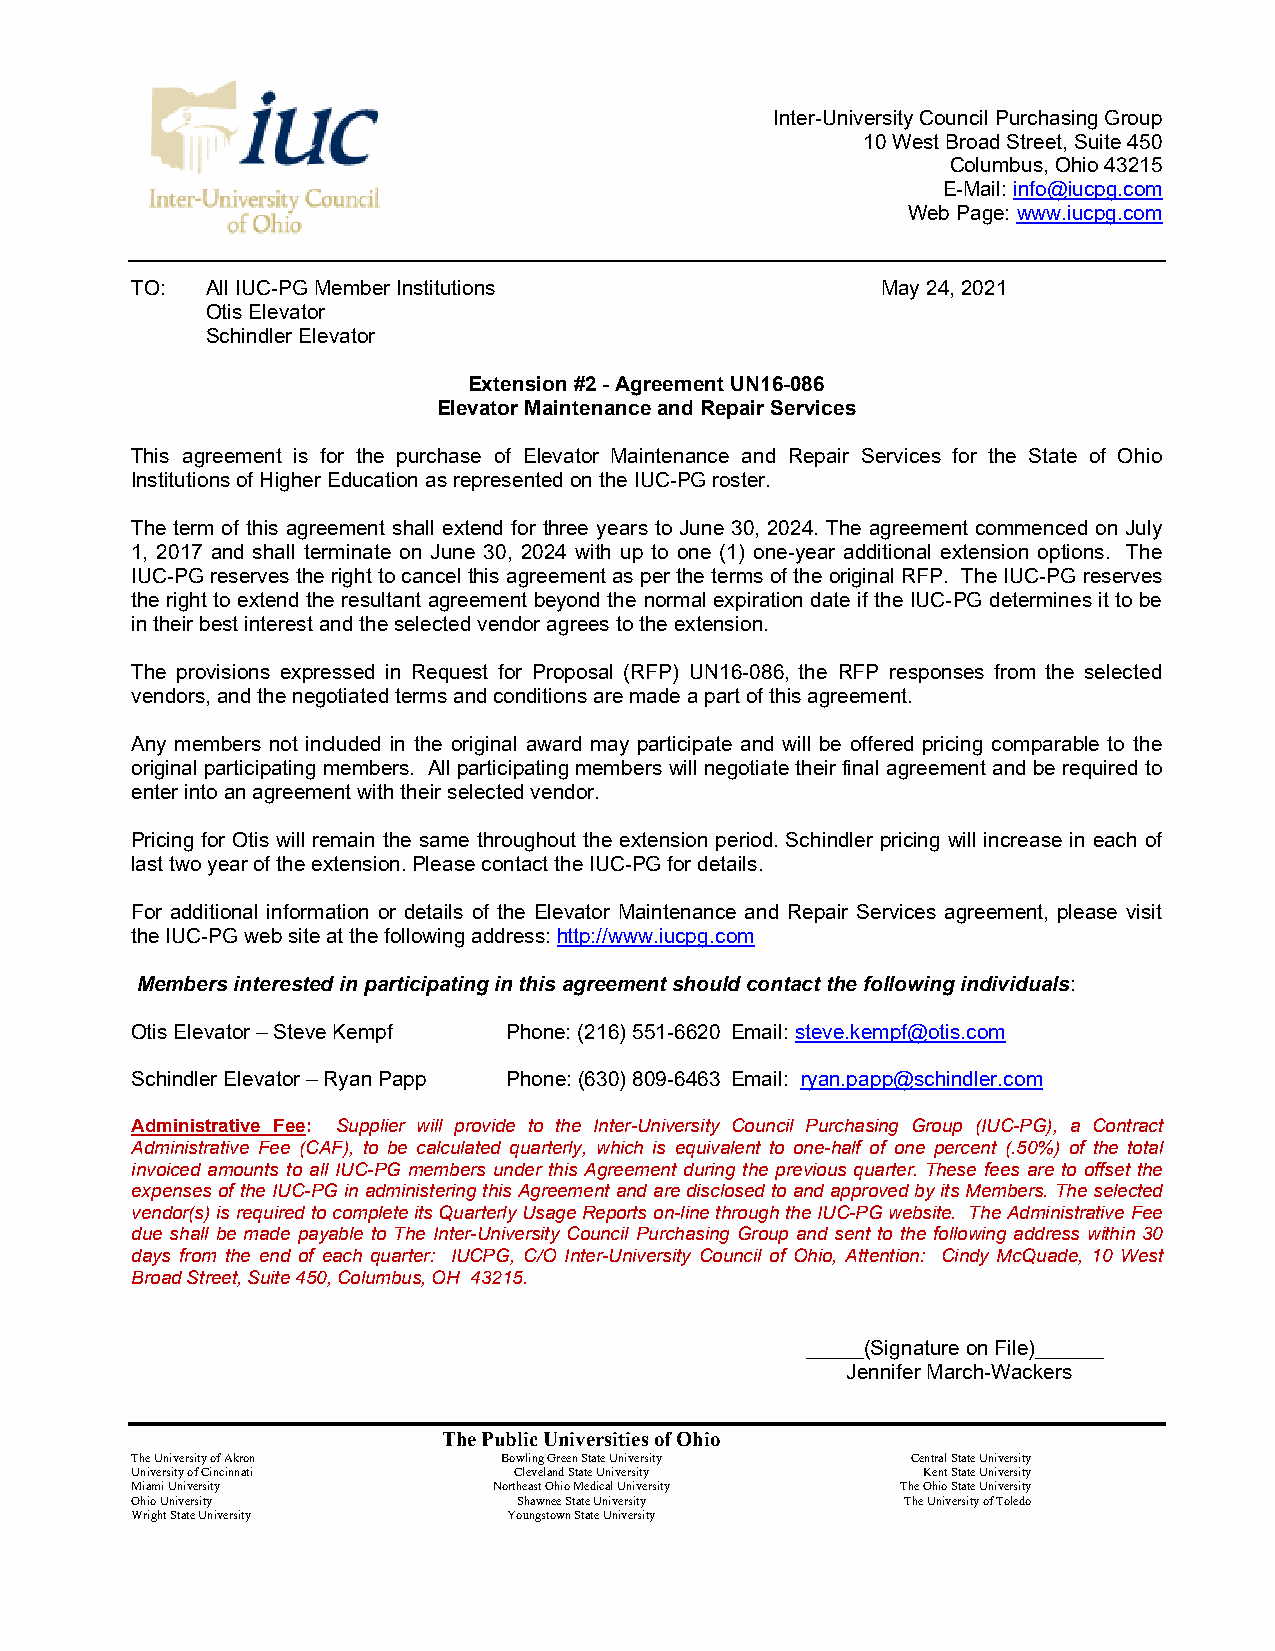
Inter-University Council Purchasing Group
 10 West Broad Street, Suite 450
 Columbus, Ohio 43215
 E-Mail: info@iucpg.com
 Web Page: www.iucpg.com
 TO:  All IUC-PG Member Institutions              May 24, 2021
 Otis Elevator
 Schindler Elevator
 Extension #2 - Agreement UN16-086
 Elevator Maintenance and Repair Services
 This agreement is for the purchase of Elevator Maintenance and Repair Services for the State of Ohio
 Institutions of Higher Education as represented on the IUC-PG roster.
 The term of this agreement shall extend for three years to June 30, 2024. The agreement commenced on July
 1, 2017 and shall terminate on June 30, 2024 with up to one (1) one-year additional extension options. The
 IUC-PG reserves the right to cancel this agreement as per the terms of the original RFP. The IUC-PG reserves
 the right to extend the resultant agreement beyond the normal expiration date if the IUC-PG determines it to be
 in their best interest and the selected vendor agrees to the extension.
 The provisions expressed in Request for Proposal (RFP) UN16-086, the RFP responses from the selected
 vendors, and the negotiated terms and conditions are made a part of this agreement.
 Any members not included in the original award may participate and will be offered pricing comparable to the
 original participating members. All participating members will negotiate their final agreement and be required to
 enter into an agreement with their selected vendor.
 Pricing for Otis will remain the same throughout the extension period. Schindler pricing will increase in each of
 last two year of the extension. Please contact the IUC-PG for details.
 For additional information or details of the Elevator Maintenance and Repair Services agreement, please visit
 the IUC-PG web site at the following address: http://www.iucpg.com
 Members interested in participating in this agreement should contact the following individuals:
 Otis Elevator – Steve Kempf Phone: (216) 551-6620 Email: steve.kempf@otis.com
 Schindler Elevator – Ryan Papp Phone: (630) 809-6463 Email: ryan.papp@schindler.com
 Administrative Fee: Supplier will provide to the Inter-University Council Purchasing Group (IUC-PG), a Contract
 Administrative Fee (CAF), to be calculated quarterly, which is equivalent to one-half of one percent (.50%) of the total
 invoiced amounts to all IUC-PG members under this Agreement during the previous quarter. These fees are to offset the
 expenses of the IUC-PG in administering this Agreement and are disclosed to and approved by its Members. The selected
 vendor(s) is required to complete its Quarterly Usage Reports on-line through the IUC-PG website. The Administrative Fee
 due shall be made payable to The Inter-University Council Purchasing Group and sent to the following address within 30
 days from the end of each quarter: IUCPG, C/O Inter-University Council of Ohio, Attention: Cindy McQuade, 10 West
 Broad Street, Suite 450, Columbus, OH 43215.
 _____(Signature on File)______
 Jennifer March-Wackers
 The Public Universities of Ohio
 The University of Akron Bowling Green State University Central State University
 University of Cincinnati Cleveland State University Kent State University
 Miami University        Northeast Ohio Medical University The Ohio State University
 Ohio University          Shawnee State University  The University of Toledo
 Wright State University  Youngstown State University